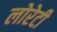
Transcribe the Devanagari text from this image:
लोरेटी